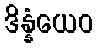
ဒိန္နံယေဝ